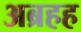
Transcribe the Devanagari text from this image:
अब्रहह